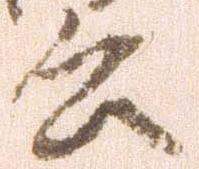
意